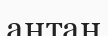
аңтаң